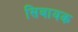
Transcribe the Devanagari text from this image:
सिबायक